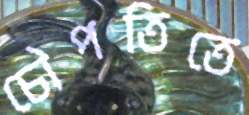
চৌপতিতে